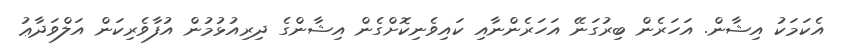
އެކަމަކު އިޝާން. އަހަރެން ބިރުގަނޭ އަހަރެންނާއި ކައިވެނިކޮށްގެން އިޝާންގެ ދިރިއުޅުމުން އުފާވެރިކަން އަލްވަދާޢު